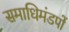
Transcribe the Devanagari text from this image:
समाधिमंडपों